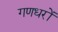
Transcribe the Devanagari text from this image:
गणधरों